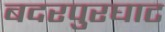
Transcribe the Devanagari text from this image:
बदरपुरघाट